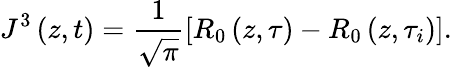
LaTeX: J^{3}\left(z,t\right)=\frac{1}{\sqrt{\pi}}\left[R_{0}\left(z,\tau\right)-R_{0}\left(z,\tau_{i}\right)\right].